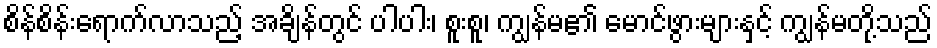
စိန်စိန်းရောက်လာသည့် အချိန်တွင် ပါပါး၊ စူးစူ၊ ကျွန်မ၏ မောင်ဖွားများနှင့် ကျွန်မတို့သည်